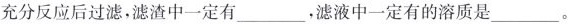
充分反应后过滤，滤渣中一定有___，滤液中一定有的溶质是___。